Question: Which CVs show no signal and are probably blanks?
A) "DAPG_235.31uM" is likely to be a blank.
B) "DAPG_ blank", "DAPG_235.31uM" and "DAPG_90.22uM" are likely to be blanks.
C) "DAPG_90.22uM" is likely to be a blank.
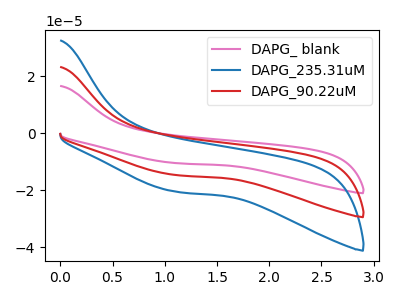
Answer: <think>The pink curve "DAPG_ blank" has no peaks. The blue curve "DAPG_235.31uM" has no peaks. The red curve "DAPG_90.22uM" has no peaks.</think>
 <answer>B) "DAPG_ blank", "DAPG_235.31uM" and "DAPG_90.22uM" are likely to be blanks.</answer>
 <eval>B</eval>